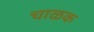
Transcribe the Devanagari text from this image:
चाळक